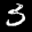
Label: 3